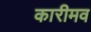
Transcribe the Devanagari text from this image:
कारीमव